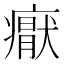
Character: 𭼩